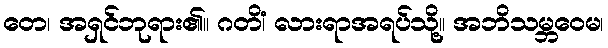
တေ၊ အရှင်ဘုရား၏။ ဂတိံ၊ လားရာအရပ်သို့။ အဘိသမ္ဘဝေမ၊